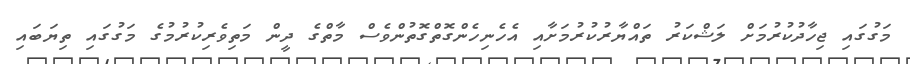
މަގުގައި ޖިހާދުކުރުމަށް ލަޝްކަރު ތައްޔާރުކުރުމަށާއި އެހެނިހެންގޮތްގޮތުންވެސް މާތްގެ ދީން މަތިވެރިކުރުމުގެ މަގުގައި ތިޔަބައި